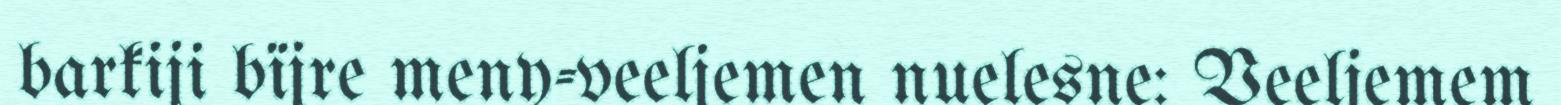
barkiji bïjre meny-veeljemen nuelesne: Veeljemem